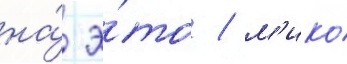
на́ э́то / м'ико